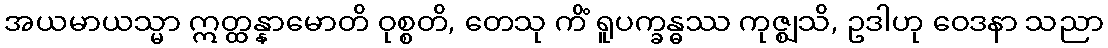
အယမာယသ္မာ ဣတ္ထန္နာမောတိ ဝုစ္စတိ, တေသု ကိံ ရူပက္ခန္ဓဿ ကုဇ္ဈသိ, ဥဒါဟု ဝေဒနာ သညာ